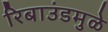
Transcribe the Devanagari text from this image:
रिबाउंडमुळे